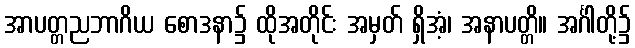
အာပတ္တညဘာဂိယ စောဒနာ၌ ထိုအတိုင်း အမှတ် ရှိအံ့၊ အနာပတ္တိ။ အင်္ဂါတို့၌